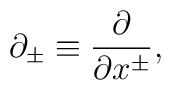
\partial_{\pm} \equiv \frac{\partial}{\partial x^{\pm}}, \nonumber